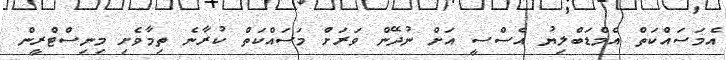
އެމަސައްކަތް އެމްޑަބްލިޔު އެސްސީ އަށް ނުދޭން ވަރަށް މަސައްކަތް ކުރާނެ ތިމާވެށި މިނިސްޓްރީން